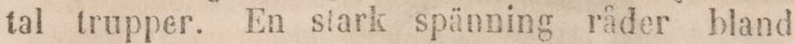
tal trupper. En stark spänning råder bland